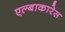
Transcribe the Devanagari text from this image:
एल्बाकारेस